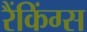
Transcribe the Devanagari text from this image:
रैंकिंग्स